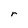
Character: r